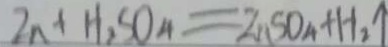
Z n + H _ { 2 } S O _ { 4 } = Z n S O _ { 4 } + H _ { 2 } \uparrow